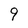
Character: 9